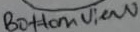
Text: Bottom View